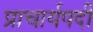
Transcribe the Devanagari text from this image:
प्राचार्यपदी